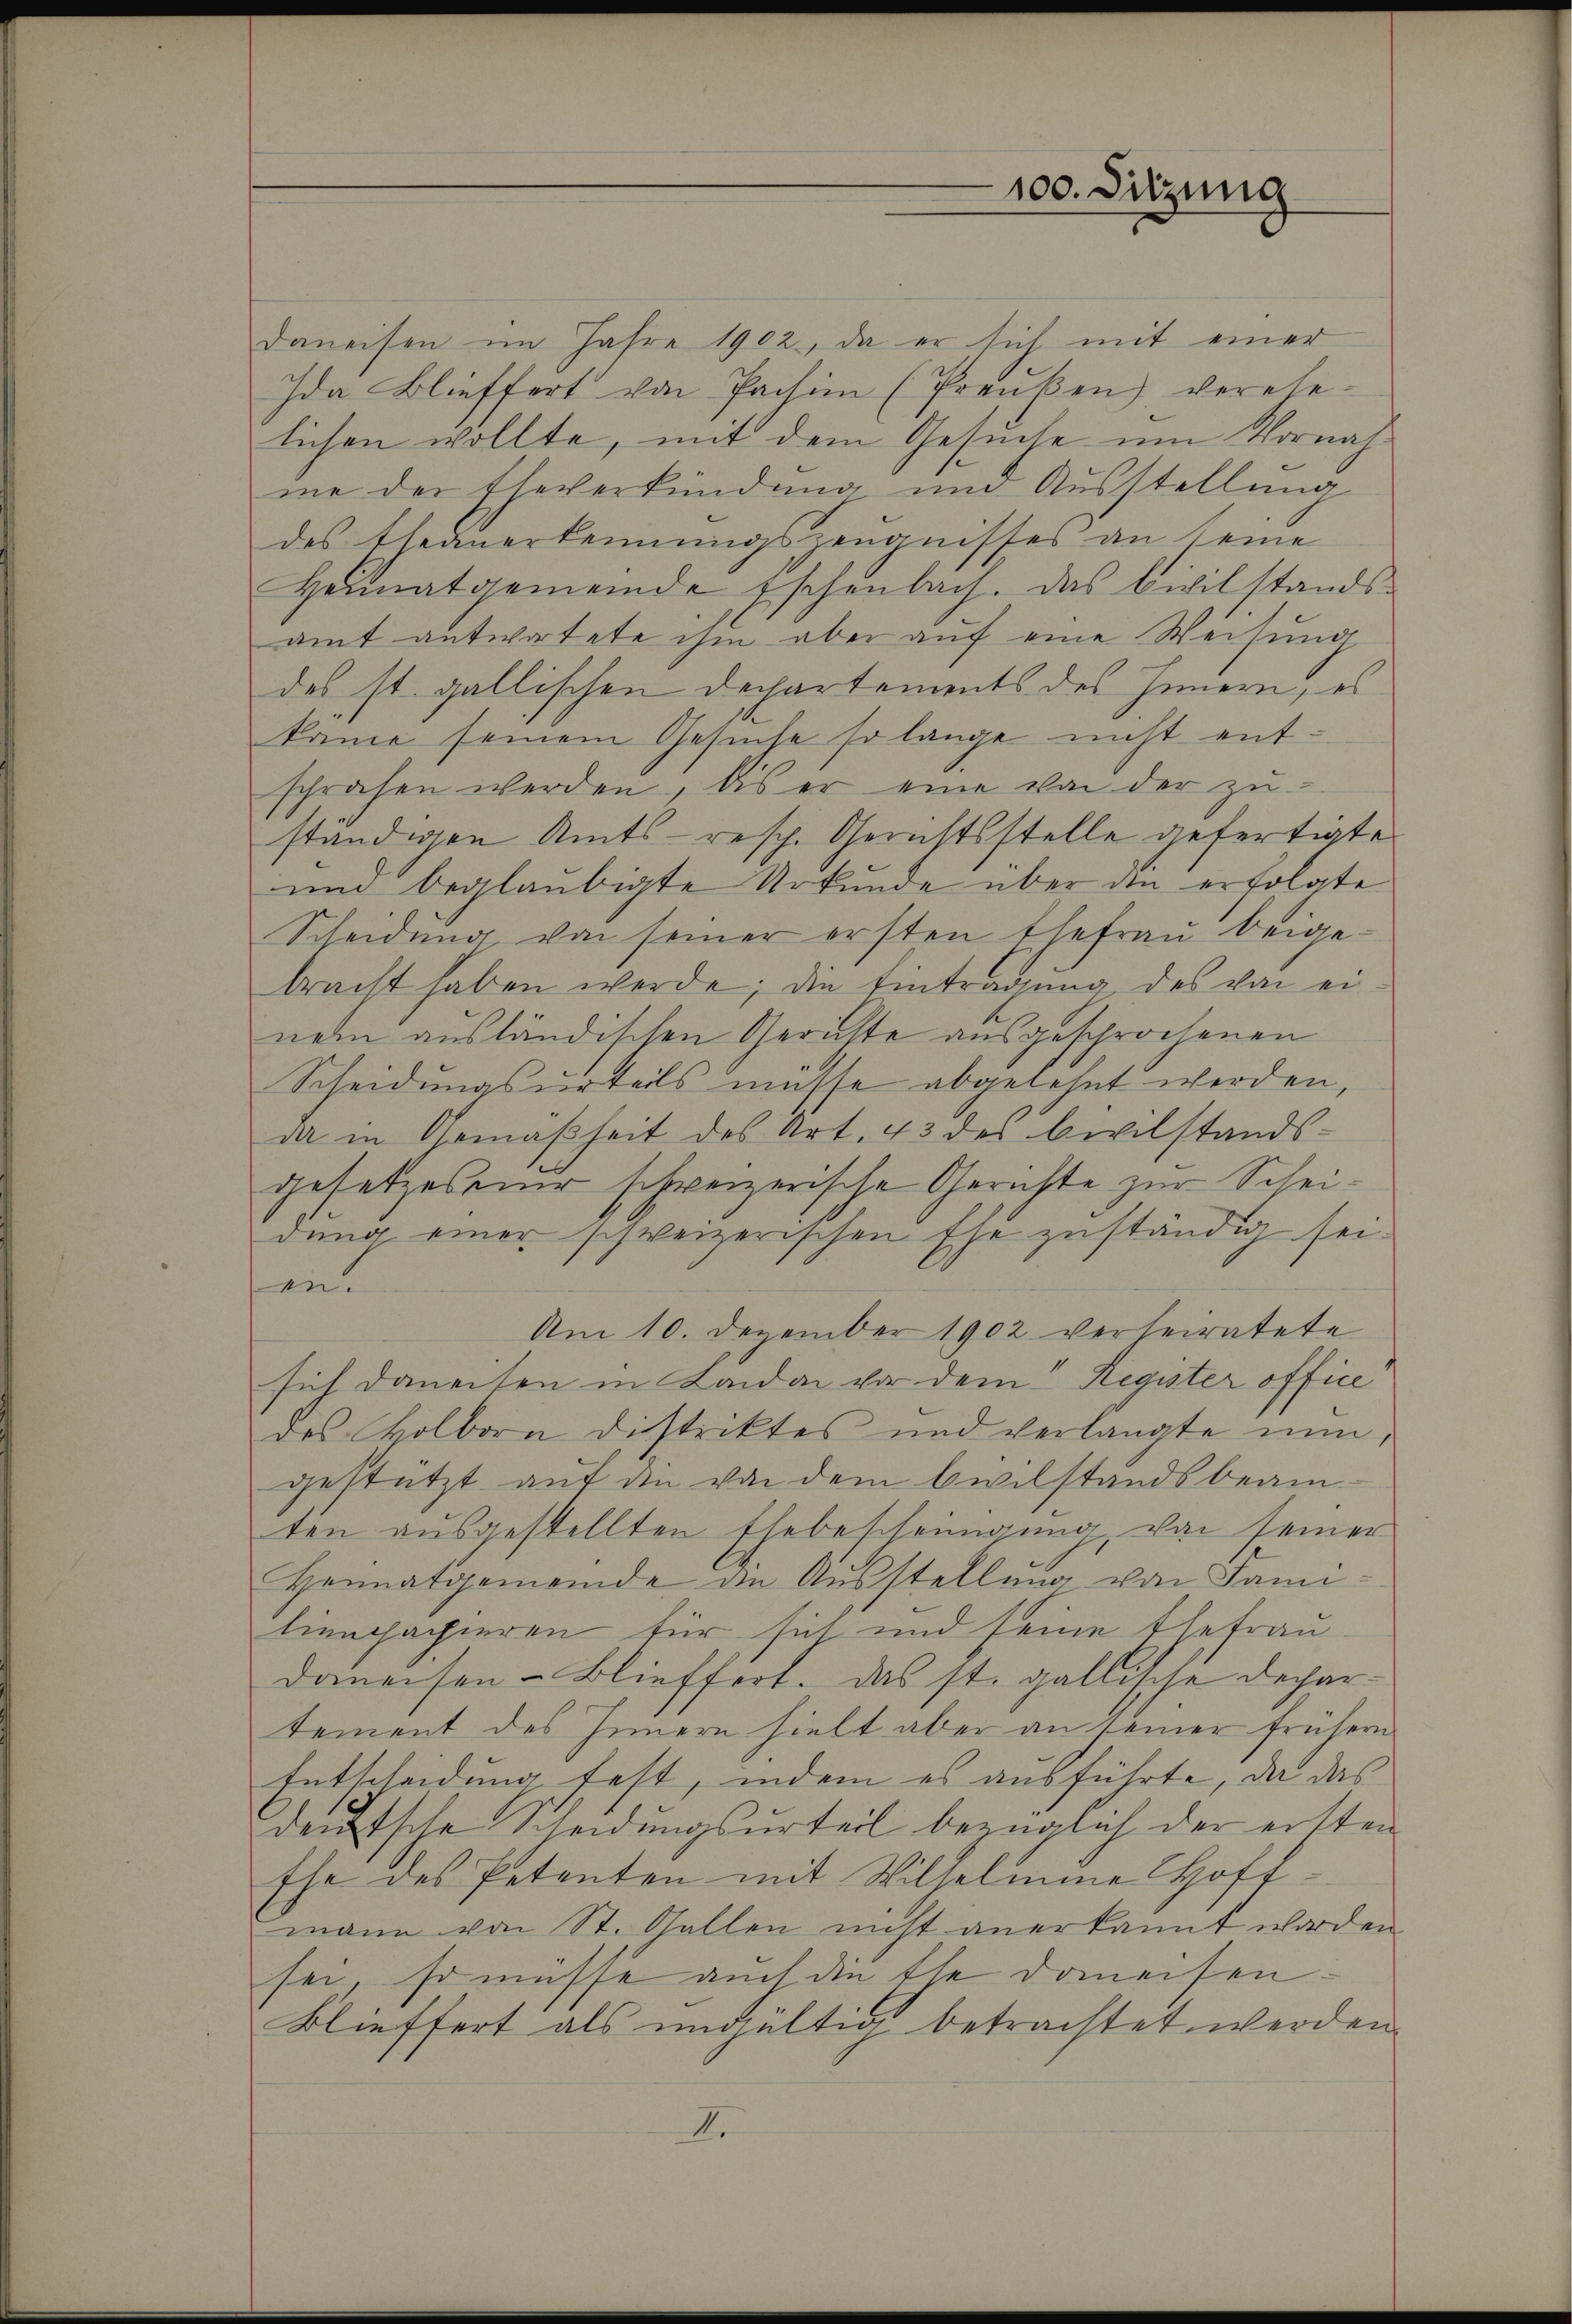
100. Sitzung

Daneisen im Jahre 1902, da er sich mit einer
Ida Blieffert von Pachin (Preußen) verehelichen wollte, mit dem Gesuche um Vornahme der Eheverkündung und Ausstellung
des Eheunerkennungszeŭgnisses an seine
Heimatgemeinde Eschenbach. Das Civilstands-
amt antwortete ihm aber auf eine Weisung
des st. gallischen Dechartements des Innern, es
kanić seinem Gesuche so lange nicht entsprächen werden, bis er eine von der zu-
ständigen Amts- resp. Gerichtsstelle gefertigte
und beglaubigte Urkunde über die erfolgte
Scheidung von seiner ersten Ehefrau beigebracht haben werde; die Eintragung des von einem ausländischen Gerichte ausgesprochenen
Scheidungsurteils müsse abgelehnt werden,
da in Gemäßheit des Art. 43 der Civilstandsgesetzesener schweizerische Gerichte zur Scheidung einer schweizerischen Ehe zuständig sei
en.
Am 10. Dezember 1902 verheiratete
sich danechen in Landon vor dem Register office
des Kolborn Distriktes und verlangte nun,
gestützt auf die von dem Civilstandsbeamten ausgestellten Ehebescheinigung von seiner
Heimatgemeinde an Ausstellung von Famitienpapieren für sich und seine Ehefrau.
doneisen-Blieffort. Das st. gallische Departement des Innern hielt aber an seiner frühern
Entscheidung fest, indem es ausführte, da das
deutsche Scheidungsurteil bezüglich der ersten
Ehe des Petenten mit Wilhelmine Hoff
mann von St. Gallen nicht anerkannt worden.
sei, so müsse auch die Ehe domeisen
Blieffert als ungültig betrachtet werden
I.